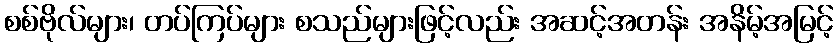
စစ်ဗိုလ်များ၊ တပ်ကြပ်များ စသည်များဖြင့်လည်း အဆင့်အတန်း အနိမ့်အမြင့်